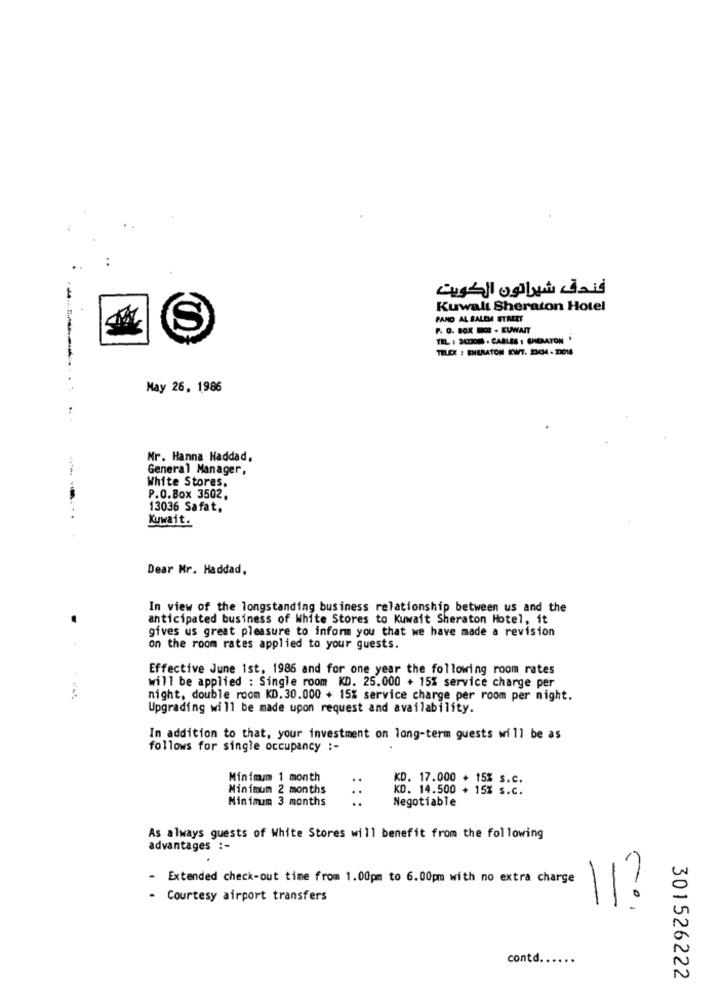
فندق شيراتون الكويت
Kuwall Sheraton Hotel
PANO AL SALEM STMET
S
P. O. BOX DE - KUWAIT
TEL : 2422000 - CABLES : SHERATON
TELDE : SHERATON KWT. 23434 - 22018
May 26, 1986
Mr. Hanna Haddad.
General Manager,
White Stores,
P.O.Box 3502.
13036 Safat,
Kuwait.
Dear Mr. Haddad,
In view of the longstanding business relationship between us and the
anticipated business of White Stores to Kuwait Sheraton Hotel, it
gives us great pleasure to inform you that we have made a revision
on the room rates applied to your guests.
Effective June 1st, 1986 and for one year the following room rates
will be applied : Single room KD. 25.000 + 15% service charge per
night, double room KD. 30.000 + 15% service charge per room per night.
Upgrading will be made upon request and availability.
In addition to that, your investment on long-term guests will be as
follows for single occupancy :-
Minimum 1 month
..
KD. 17.000 + 15% s.c.
Minimum 2 months
..
KD. 14.500 + 15% s.c.
Minimum 3 months
Negotiable
As always guests of White Stores will benefit from the following
advantages :-
- Extended check-out time from 1.00pm to 6.00pm with no extra charge
Courtesy airport transfers
11?
contd ..
301526222